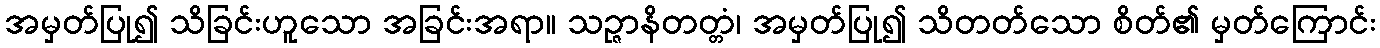
အမှတ်ပြု၍ သိခြင်းဟူသော အခြင်းအရာ။ သဉ္ဇာနိတတ္တံ၊ အမှတ်ပြု၍ သိတတ်သော စိတ်၏ မှတ်ကြောင်း